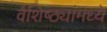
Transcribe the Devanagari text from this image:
वैशिष्ठ्यांमध्ये